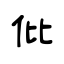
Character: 仳